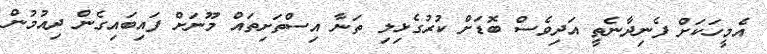
އެމީހަކަށް ފެނިދާނެތީ އަދިވެސް ބޮޑަށް ކުރުގެޅިލި ތަނާ އިސްތަށިތައް މޫނަށް ފައިބައިގެން ދިއުމުން